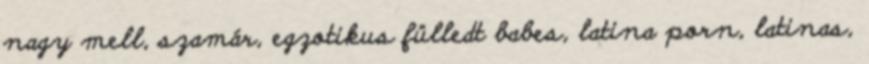
nagy mell, szamár, egzotikus fülledt babes, latina porn, latinas,